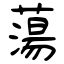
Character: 蕩